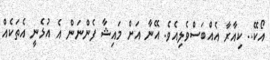
އޯކޭ.. ކިއާރާ އެއްބަސްވެލިއެވެ. އޭނާ އަށް މައިޝާ ފެންނަން އެ އުޅެނީ އެތަކެއް